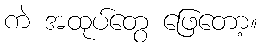
ကဲ အထုပ်တွေ ဖြေတော့။